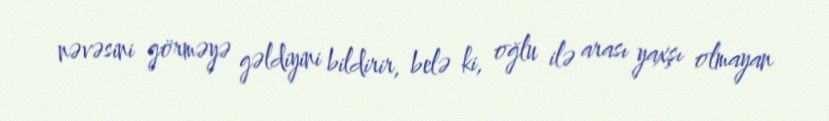
nəvəsini görməyə gəldiyini bildirir, belə ki, oğlu ilə arası yaxşı olmayan